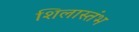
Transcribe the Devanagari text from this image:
शिलास्तंभ